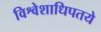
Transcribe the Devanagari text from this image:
विश्वेशाधिपतये